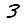
Digit: 3